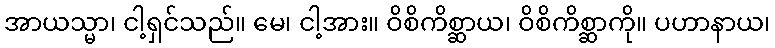
အာယသ္မာ၊ ငါ့ရှင်သည်။ မေ၊ ငါ့အား။ ဝိစိကိစ္ဆာယ၊ ဝိစိကိစ္ဆာကို။ ပဟာနာယ၊